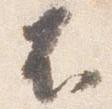
不